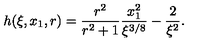
h ( \xi , x _ { 1 } , r ) = \frac { r ^ { 2 } } { r ^ { 2 } + 1 } \frac { x _ { 1 } ^ { 2 } } { \xi ^ { 3 / 8 } } - \frac { 2 } { \xi ^ { 2 } } .